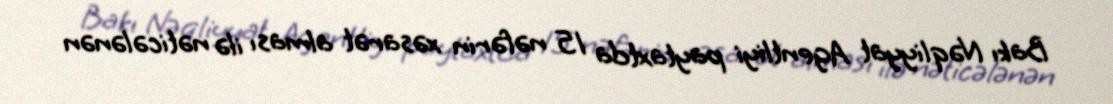
Bakı Nəqliyyat Agentliyi paytaxtda 15 nəfərin xəsarət alması ilə nəticələnən